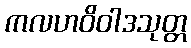
ကလဟဝိဝါဒသုတ္တ